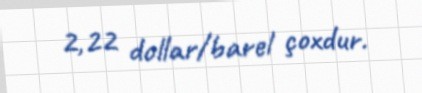
2,22 dollar/barel çoxdur.